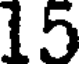
15